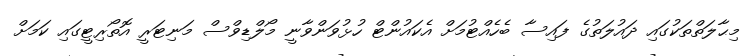
މިޙާލަތްތަކުގައި ދައުލަތުގެ ފައިސާ ބެހެއްޓުމަށް އެކައުންޓް ހުޅުވަންވާނީ މޯލްޑިވްސް މަނިޓަރީ އޮތޯރިޓީގައި ކަމަށް